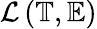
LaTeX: \mathcal{L}\left(\mathbb{T},\mathbb{E}\right)